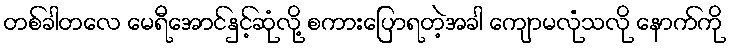
တစ်ခါတလေ မေရီအောင်နှင့်ဆုံလို့ စကားပြောရတဲ့အခါ ကျောမလုံသလို နောက်ကို